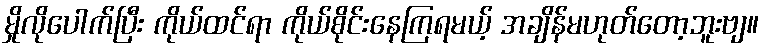
မှိုလိုပေါက်ပြီး ကိုယ်ထင်ရာ ကိုယ်စိုင်းနေကြရမယ့် အချိန်မဟုတ်တော့ဘူးဗျ။